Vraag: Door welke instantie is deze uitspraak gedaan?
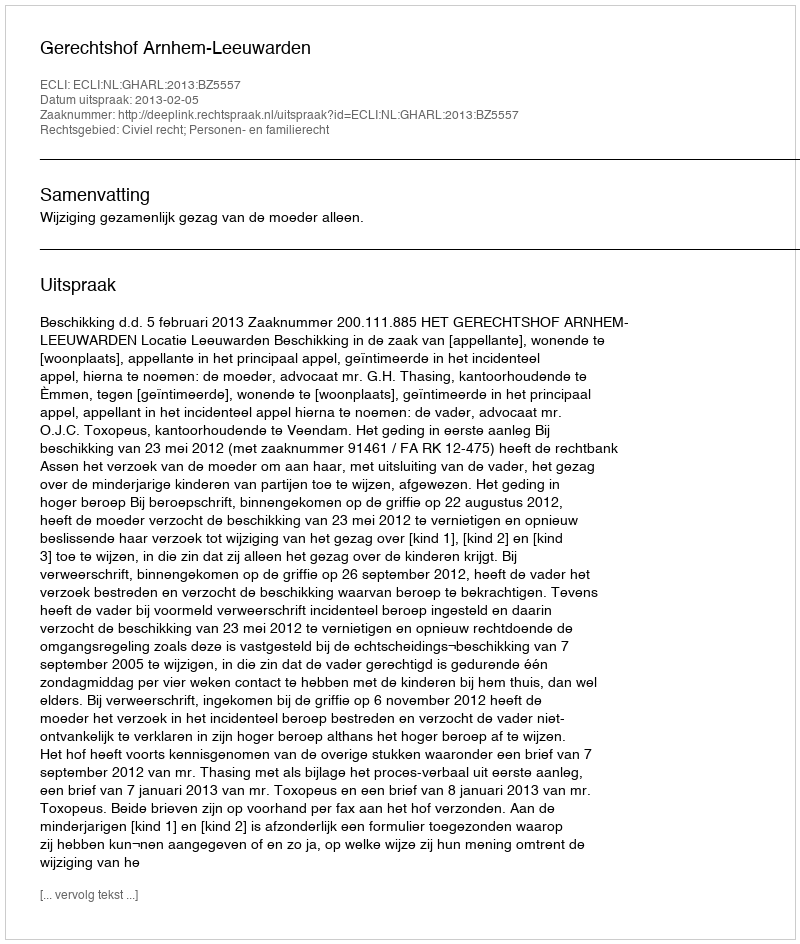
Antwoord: Gerechtshof Arnhem-Leeuwarden